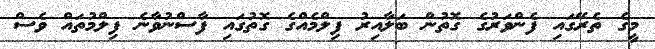
މީގެ ތެރޭގައި ފެންވަރުގެ ގޮތުން ބަލާއިރު ފިލްމެއްގެ ގޮތުގައި ފާސްނުވާނެ ފިލްމުތައް ވެސް